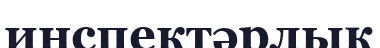
инспектәрлық